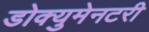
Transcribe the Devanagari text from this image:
डोक्युमेनटरी